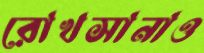
রোখসানাও